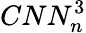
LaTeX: CNN_{n}^{3}